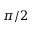
\pi / 2